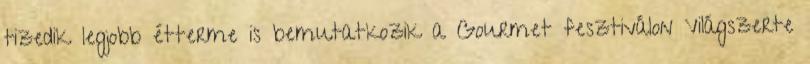
tizedik legjobb étterme is bemutatkozik a Gourmet fesztiválon Világszerte